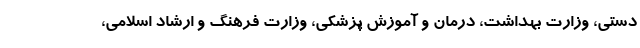
دستی، وزارت بهداشت، درمان و آموزش پزشکی، وزارت فرهنگ و ارشاد اسلامی،